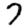
Digit: 7